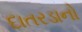
દાતરડાનો